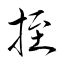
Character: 挃